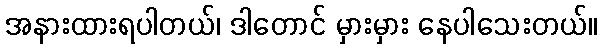
အနားထားရပါတယ်၊ ဒါတောင် မှားမှား နေပါသေးတယ်။